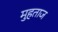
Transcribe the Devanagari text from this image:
मुहताज